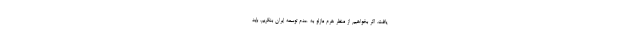
یافت. اگر بخواهیم از منظر هرم مازلو به عدم توسعه ایران بنگریم، باید